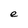
Character: e